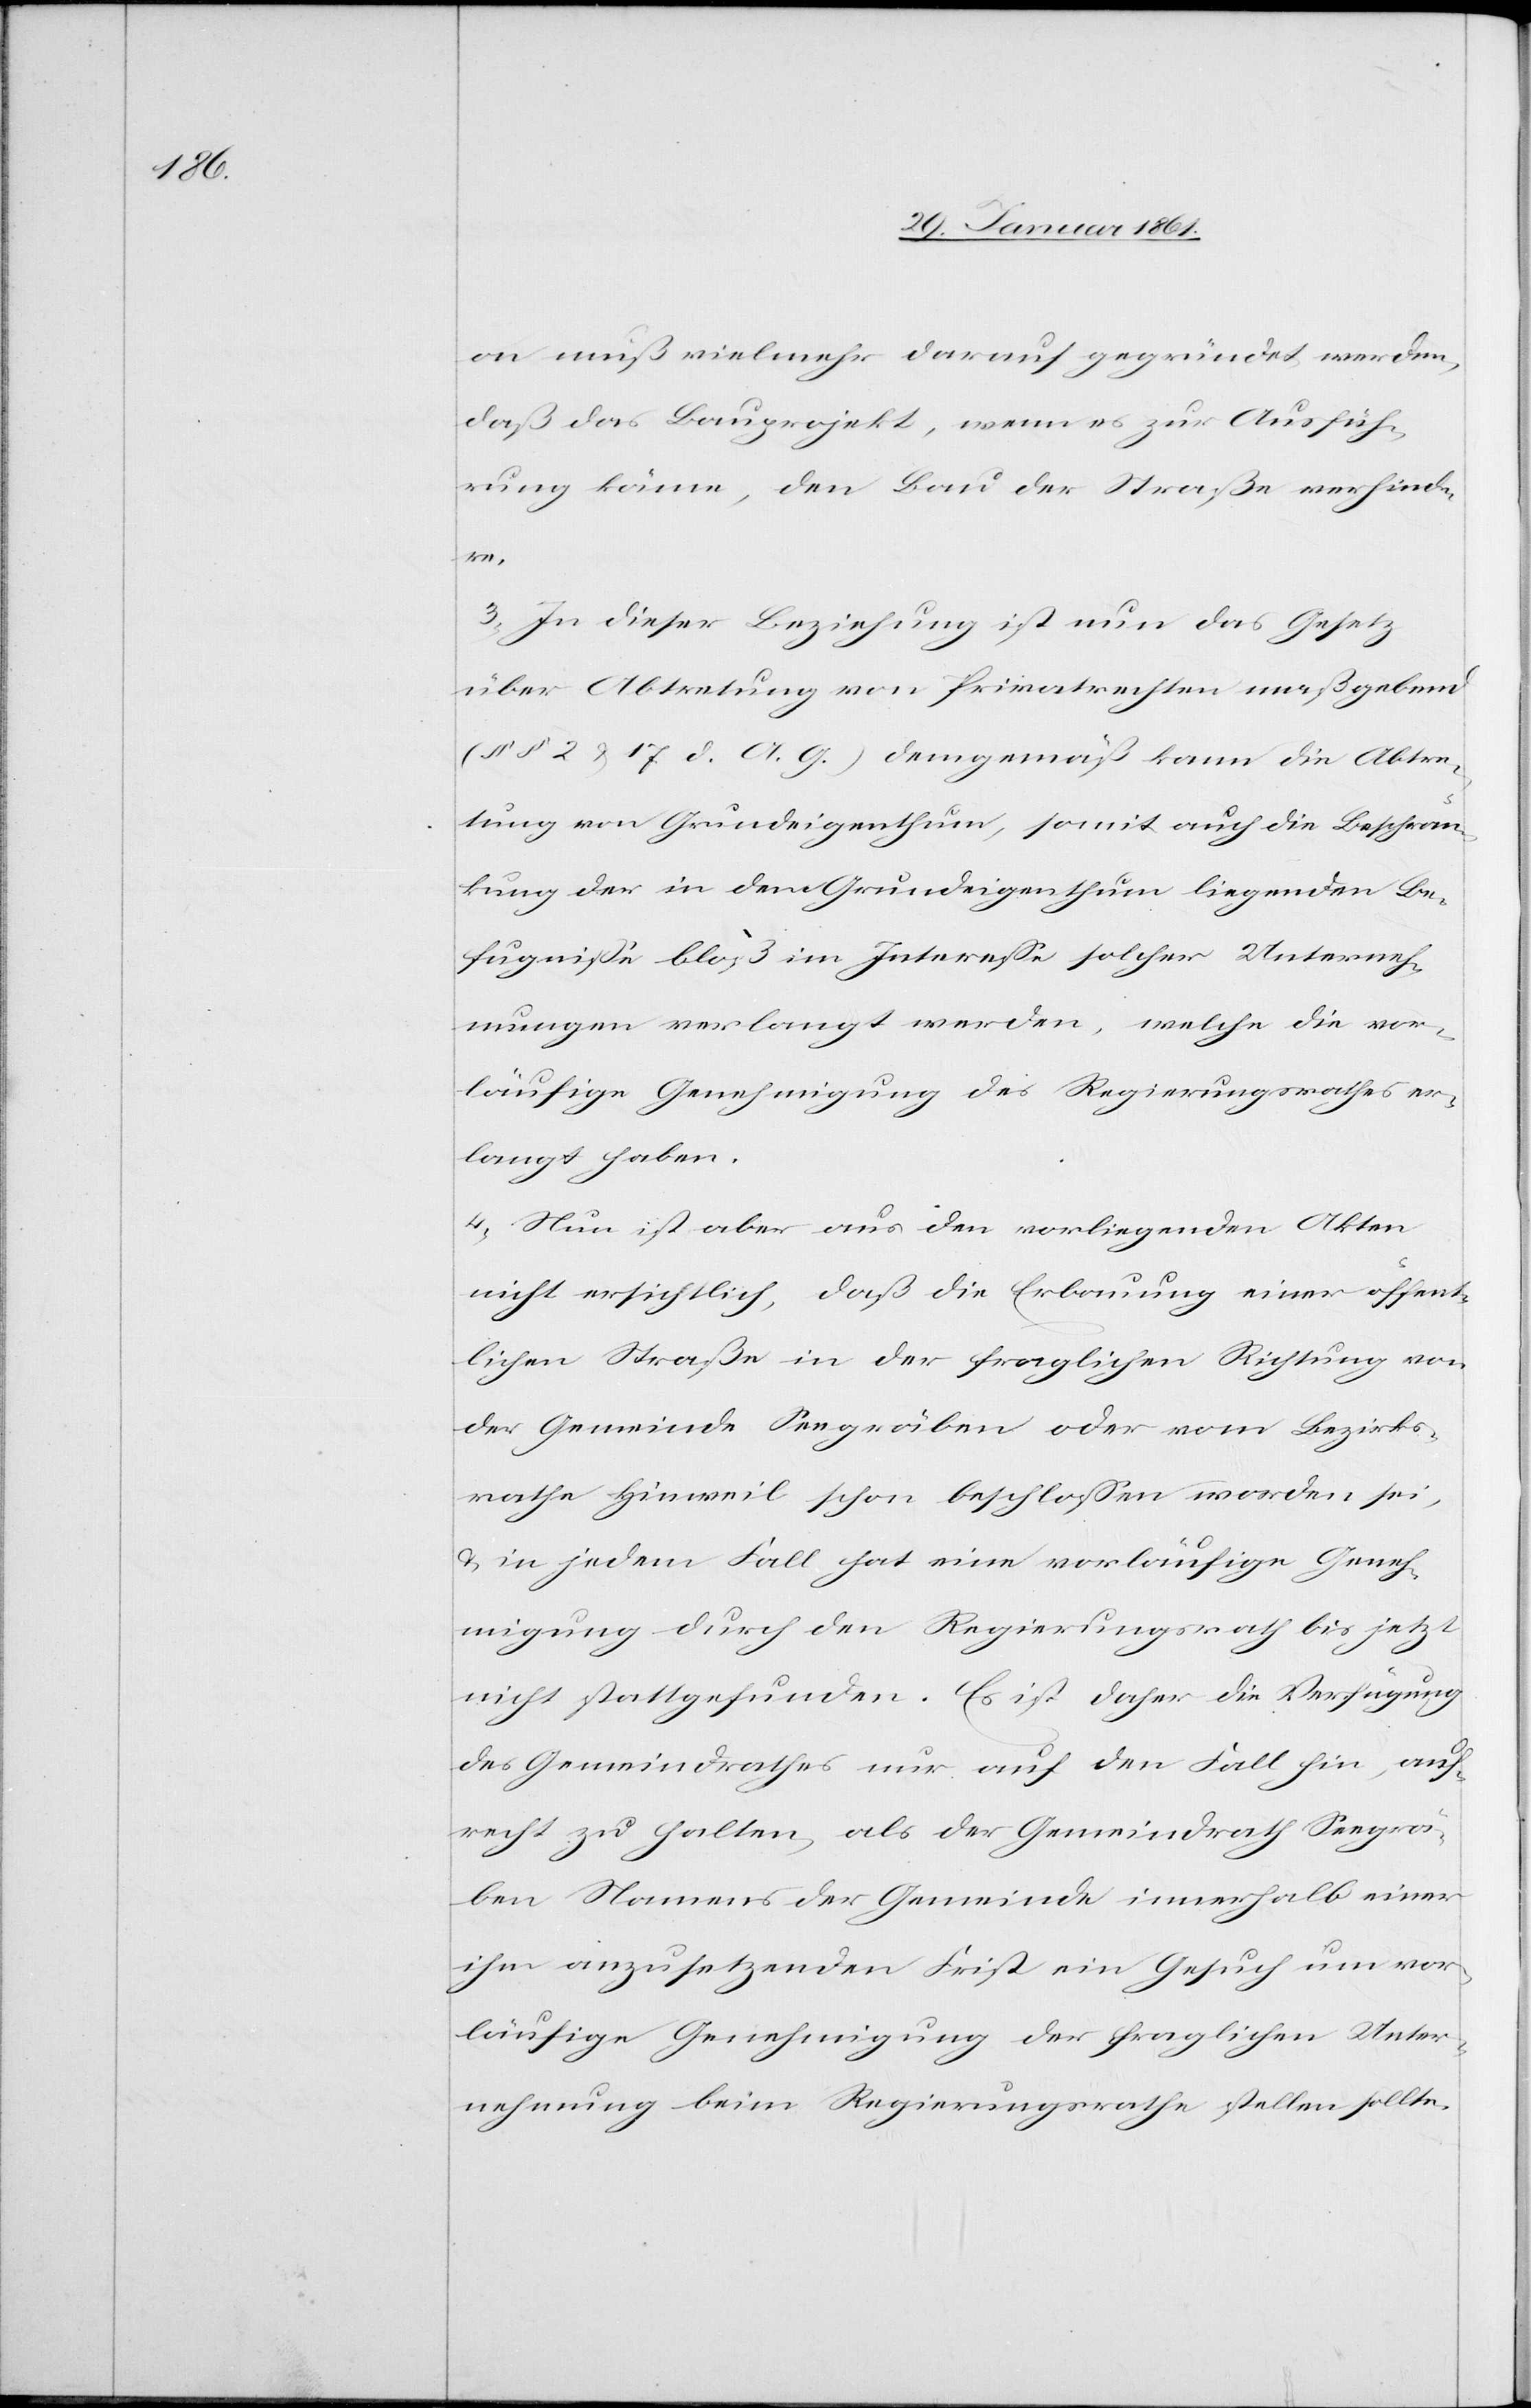
on muß vielmehr darauf gegründet werden,
daß das Bauprojekt, wenn es zur Ausfüh¬
rung käme, den Bau der Straße verhinde¬
re.
3) In dieser Beziehung ist nun das Gesetz
über Abtretung von Privatrechten maßgebend
(§§ 2 u. 17. d. A. G.) demgemäß kann die Abtre¬
tung von Grundeigenthum, somit auch die Beschrän¬
kung der in dem Grundeigenthum liegenden Be¬
fugnisse bloß im Interesse solcher Unterneh¬
mungen verlangt werden, welche die vor¬
läufige Genehmigung des Regierungsrathes er¬
langt haben.
4) Nun ist aber aus den vorliegenden Akten
nicht ersichtlich, daß die Erbauung einer öffent¬
lichen Straße in der fraglichen Richtung von
der Gemeinde Seegräben oder vom Bezirks¬
rathe Hinweil schon beschlossen worden sei,
u. in jedem Fall hat eine vorläufige Geneh¬
migung durch den Regierungsrath bis jetzt
nicht stattgefunden. Es ist daher die Verfügung
des Gemeindrathes nur auf den Fall hin auf¬
recht zu halten, als der Gemeindrath Seegrä¬
ben Namens der Gemeinde innerhalb einer
ihm anzusetzenden Frist ein Gesuch um vor¬
läufige Genehmigung der fraglichen Unter¬
nehmung beim Regierungsrathe stellen sollte.